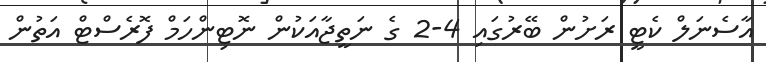
އާސެނަލް ކެޓީ ރަށުން ބޭރުގައި 4-2 ގެ ނަތީޖާއަކުން ނޮޓިންހަމް ފޮރެސްޓް އަތުން